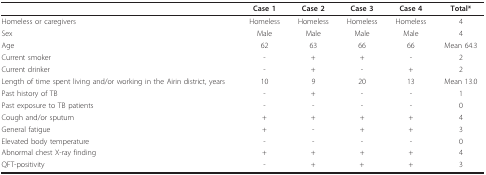
<table><thead><tr><td></td><td><b>Case 1</b></td><td><b>Case 2</b></td><td><b>Case 3</b></td><td><b>Case 4</b></td><td><b>Total*</b></td></tr></thead><tbody><tr><td>Homeless or caregivers</td><td>Homeless</td><td>Homeless</td><td>Homeless</td><td>Homeless</td><td>4</td></tr><tr><td>Sex</td><td>Male</td><td>Male</td><td>Male</td><td>Male</td><td>4</td></tr><tr><td>Age</td><td>62</td><td>63</td><td>66</td><td>66</td><td>Mean 64.3</td></tr><tr><td>Current smoker</td><td>-</td><td>+</td><td>+</td><td>-</td><td>2</td></tr><tr><td>Current drinker</td><td>-</td><td>+</td><td>-</td><td>+</td><td>2</td></tr><tr><td>Length of time spent living and/or working in the Airin district, years</td><td>10</td><td>9</td><td>20</td><td>13</td><td>Mean 13.0</td></tr><tr><td>Past history of TB</td><td>-</td><td>+</td><td>-</td><td>-</td><td>1</td></tr><tr><td>Past exposure to TB patients</td><td>-</td><td>-</td><td>-</td><td>-</td><td>0</td></tr><tr><td>Cough and/or sputum</td><td>+</td><td>+</td><td>+</td><td>+</td><td>4</td></tr><tr><td>General fatigue</td><td>+</td><td>-</td><td>+</td><td>+</td><td>3</td></tr><tr><td>Elevated body temperature</td><td>-</td><td>-</td><td>-</td><td>-</td><td>0</td></tr><tr><td>Abnormal chest X-ray finding</td><td>+</td><td>+</td><td>+</td><td>+</td><td>4</td></tr><tr><td>QFT-positivity</td><td>-</td><td>+</td><td>+</td><td>+</td><td>3</td></tr></tbody></table>